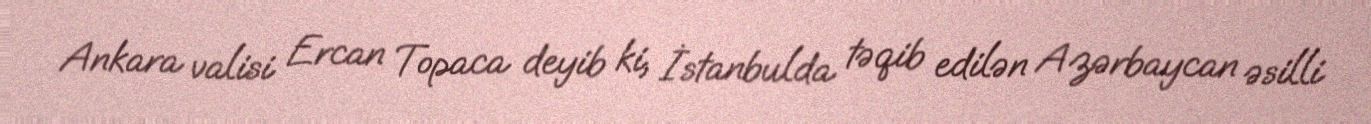
Ankara valisi Ercan Topaca deyib ki, İstanbulda təqib edilən Azərbaycan əsilli